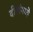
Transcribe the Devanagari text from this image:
दीपांमध्ये